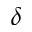
\delta